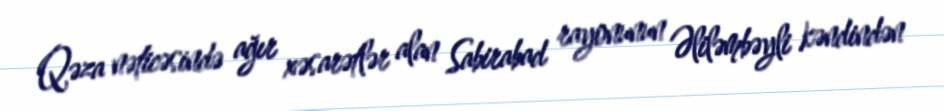
Qəza nəticəsində ağır xəsarətlər alan Sabirabad rayonunun Əliləmbəyli kəndindən